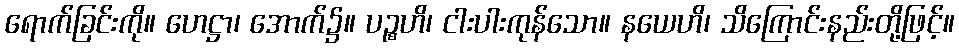
ရောက်ခြင်းကို။ ဟေဋ္ဌာ၊ အောက်၌။ ပဉ္စဟိ၊ ငါးပါးကုန်သော။ နယေဟိ၊ သိကြောင်းနည်းတို့ဖြင့်။